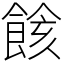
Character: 餩